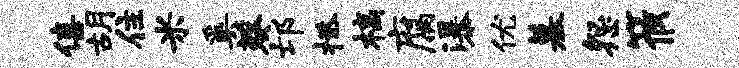
僖胡住米奚葵邙拯槁腐瀑优墓怨筱